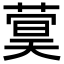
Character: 𬝫